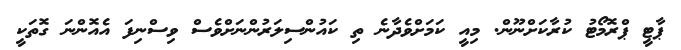
ޕާޓީ ޕްރޮމޯޓު ކުރާކަށްނޫން. މިއީ ކަމަށްވެދާނެ ތި ކައުންސިލަރުންނަށްވެސް ވިސްނިފަ އެއޮންނަ ގޮތަކީ